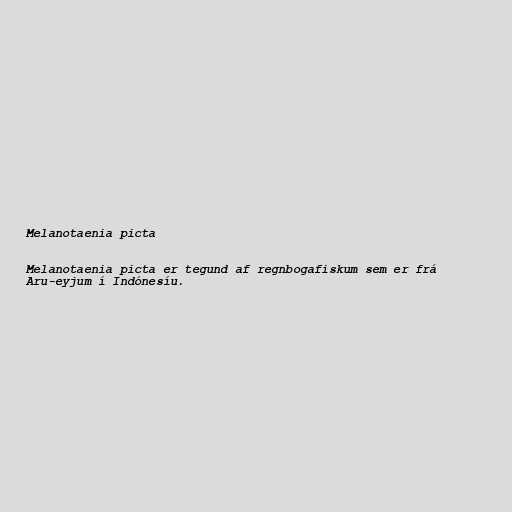
Melanotaenia picta

Melanotaenia picta er tegund af regnbogafiskum sem er frá
Aru-eyjum í Indónesíu.